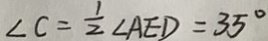
\angle C = \frac { 1 } { 2 } \angle A E D = 3 5 ^ { \circ }